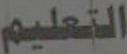
التعليم